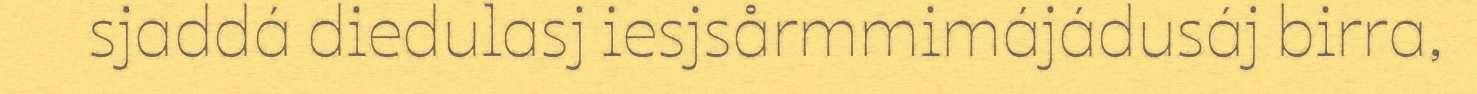
sjaddá diedulasj iesjsårmmimájádusáj birra,